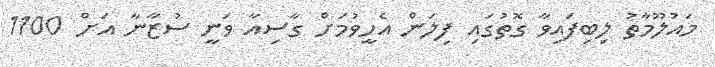
މައުލޫމާތު ލިބިފައިވާ ގޮތުގައި ފިލަން އެހީވުމަށް ގާސިއާ ވަނީ ސުޒާނާ އަށް 1100